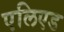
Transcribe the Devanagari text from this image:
एलिएड